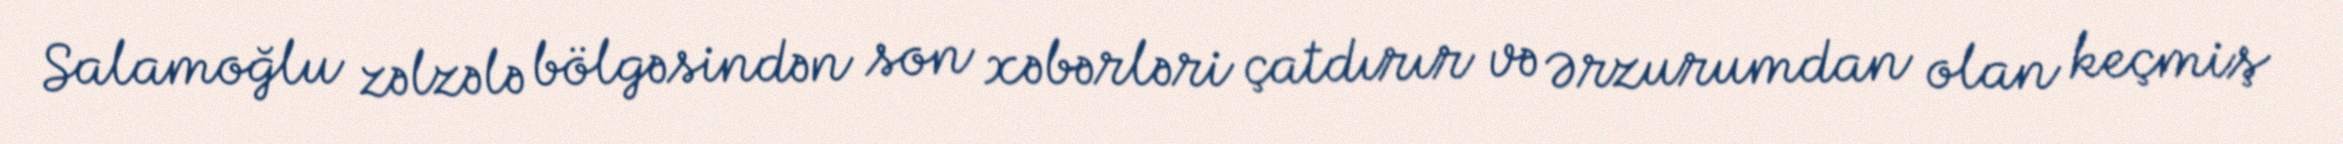
Salamoğlu zəlzələ bölgəsindən son xəbərləri çatdırır və Ərzurumdan olan keçmiş